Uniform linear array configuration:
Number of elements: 12
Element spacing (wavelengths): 0.75
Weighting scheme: blackman
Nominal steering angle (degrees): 0
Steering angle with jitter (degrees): -1.314
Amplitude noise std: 0.05
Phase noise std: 0.05

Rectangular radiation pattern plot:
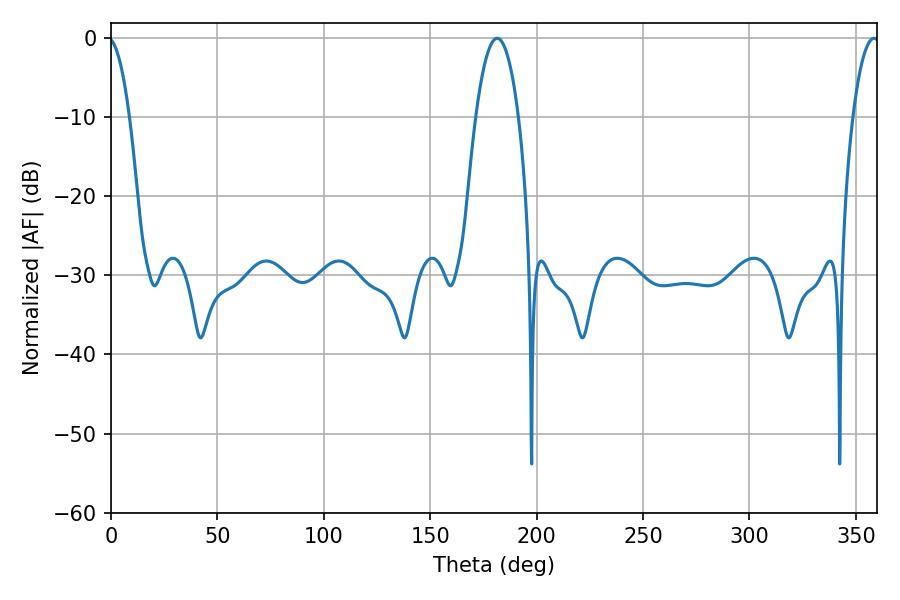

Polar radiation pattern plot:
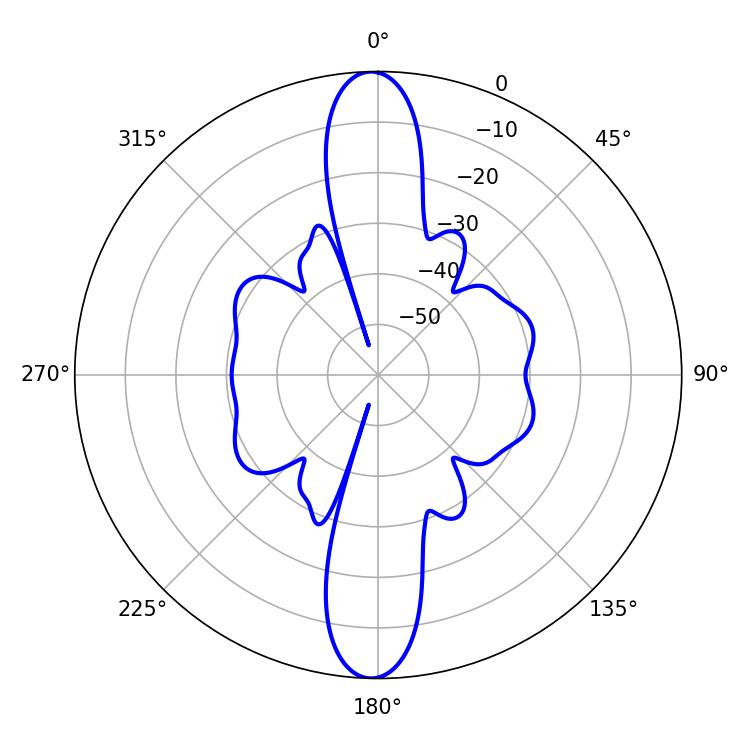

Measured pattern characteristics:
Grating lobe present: TRUE
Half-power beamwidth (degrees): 11.16
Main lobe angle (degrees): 181.44